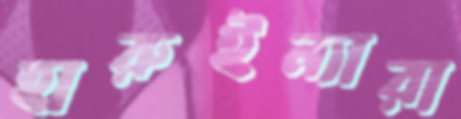
হারুইন্যারা